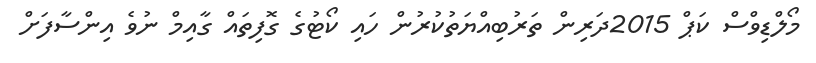
މޯލްޑިވްސް ކަޕް 2015ދަރިން ތަރުބިއްޔަތުކުރުން ހައި ކޯޓުގެ ގޮފިތައް ގާއިމް ނުވެ އިންސާފަށް